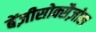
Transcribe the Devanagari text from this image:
बेंज़ीसोक्सैज़ोल